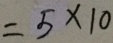
= 5 \times 1 0